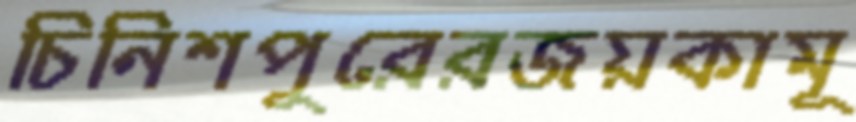
চিনিশপুরেরজয়কামূ